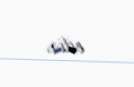
edir.